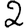
Digit: 2